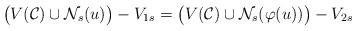
LaTeX: \begin{align*} \big(V({\cal C}) \cup {\cal N}_s(u)\big)- V_{1s} = \big(V({\cal C}) \cup {\cal N}_s(\varphi(u))\big)- V_{2s}\end{align*}